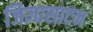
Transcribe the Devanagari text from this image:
जिज्ञासाटन